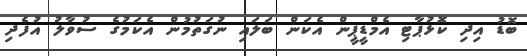
ބޮޑު އިދި ކޮޅުޕާޓި އެމްޑީޕީން އެކަން ބަލައި ނުގަތުމުން އެކަމުގެ ސުވާލު އުފެދި